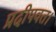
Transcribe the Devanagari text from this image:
प्रदीपवत।